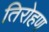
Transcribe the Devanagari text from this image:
तिरोहण